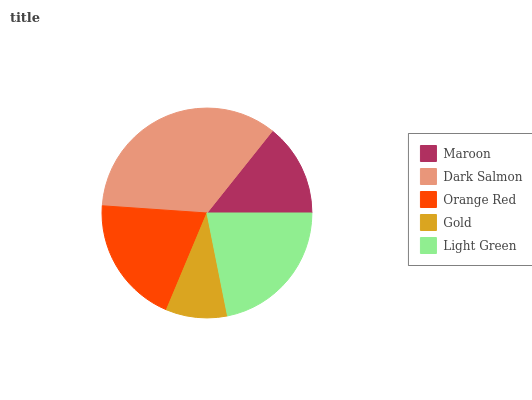
| Maroon | Dark Salmon | Orange Red | Gold | Light Green |
 | --- | --- | --- | --- | --- |
 | 14.3% | 34.7% | 19.7% | 9.46% | 21.8% |